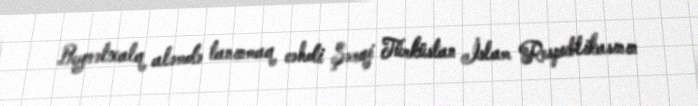
Beynəlxalq aləmdə tanınmaq cəhdi Şərqi Türküstan İslam Respublikasının